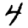
Digit: 4